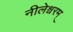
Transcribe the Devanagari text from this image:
नीलेश्वरम्